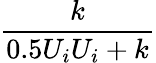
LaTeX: \frac{k}{0.5U_{i}U_{i}+k}